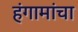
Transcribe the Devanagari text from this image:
हंगामांचा